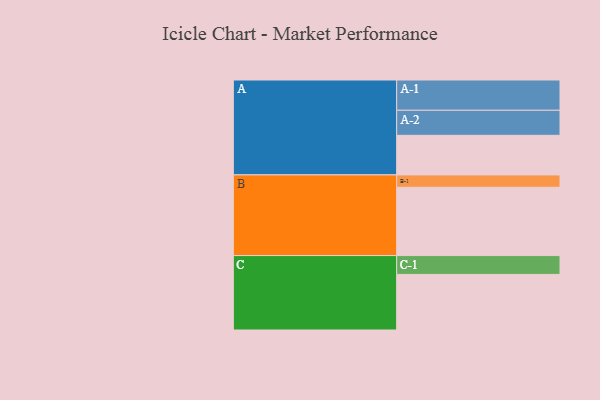
{"axis": {"x": "Segment", "y": "Value"}, "legend": ["", "A", "B", "C"], "data": [{"x": "A", "y": 311, "type": ""}, {"x": "B", "y": 537, "type": ""}, {"x": "C", "y": 437, "type": ""}, {"x": "A-1", "y": 238, "type": "A"}, {"x": "A-2", "y": 197, "type": "A"}, {"x": "B-1", "y": 97, "type": "B"}, {"x": "C-1", "y": 148, "type": "C"}]}